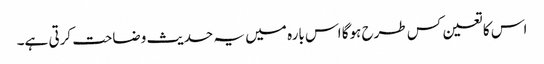
اس کا تعین کس طرح ہوگا اس بارہ میں یہ حدیث وضاحت کرتی ہے۔